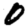
Digit: 0